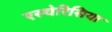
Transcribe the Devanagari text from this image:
एस्चेरिसिया